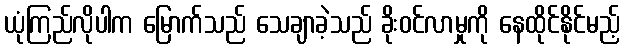
ယုံကြည်လိုပါက မြောက်သည် သေချာခဲ့သည် ခိုးဝင်လာမှုကို နေထိုင်နိုင်မည့်